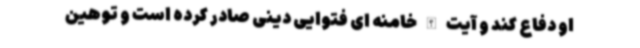
او دفاع کند و آیت الله خامنه ای فتوایی دینی صادر کرده است و توهین